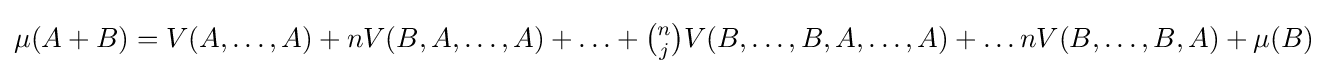
{\textstyle \mu (A+B)=V(A,\ldots ,A)+nV(B,A,\ldots ,A)+\ldots +{n \choose j}V(B,\ldots ,B,A,\ldots ,A)+\ldots nV(B,\ldots ,B,A)+\mu (B)}